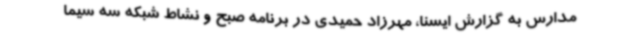
مدارس به گزارش ایسنا، مهرزاد حمیدی در برنامه صبح و نشاط شبکه سه سیما